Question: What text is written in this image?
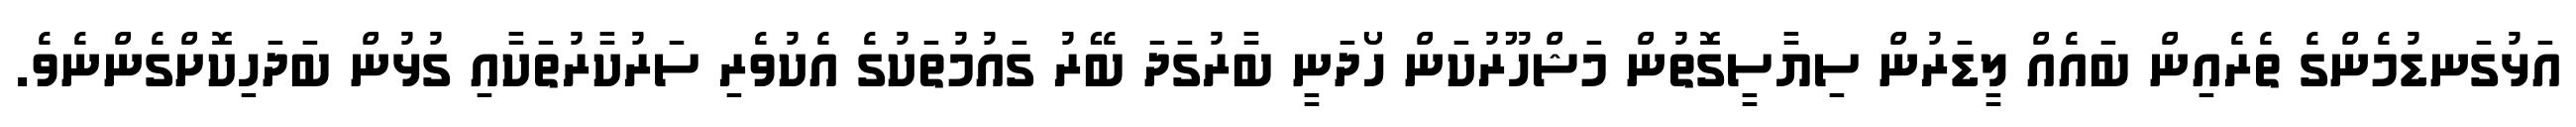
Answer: އަޅުގަނޑުމެންގެ ތެރެއިން ބައެއް ލީޑަރުން ސިޔާސީގޮތުން މަޝްހޫރުކަން ހޯދަނީ ބާރުގަދަ ބޭރު ގައުމުތަކުގެ އެކުވެރި ސަރުކާރުތަކާއި ގުޅުން ބަދަހިކޮށްގެންނެވެ.